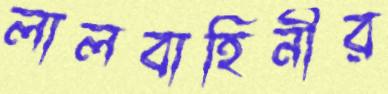
লালবাহিনীর